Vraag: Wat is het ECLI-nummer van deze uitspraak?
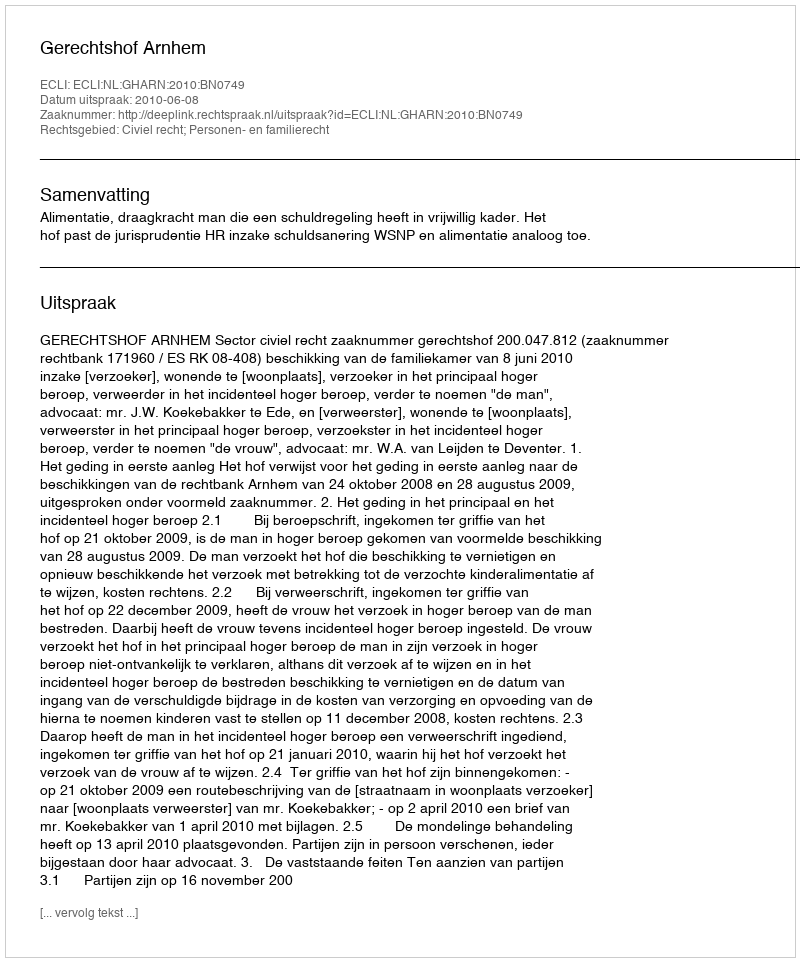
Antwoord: ECLI:NL:GHARN:2010:BN0749